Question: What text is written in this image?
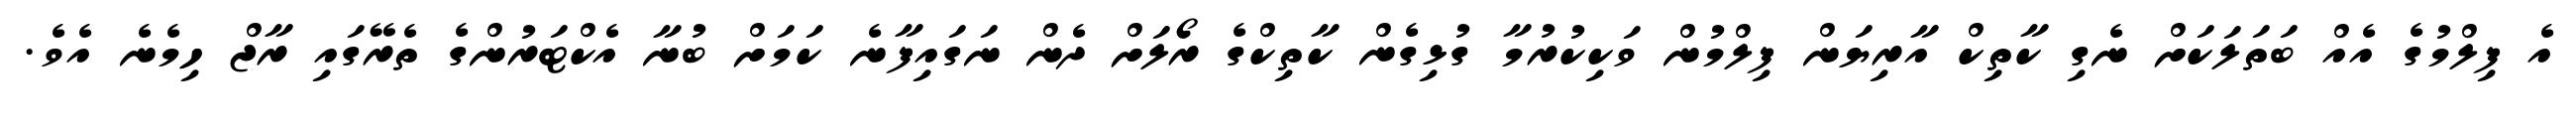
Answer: އެ ފިލްމުގެ އެއް ބަތަލަކަށް ނެގި ކާތިކް އާރިޔަން ފިލްމުން ވަކިކުރުމާ ގުޅިގެން ކާތިކްގެ ރޯލަށް ދެން ނަގައިފާނެ ކަމަށް ބުނާ އެކްޓަރުންގެ ތެރޭގައި ރާޖް ހިމެނެ އެވެ.